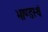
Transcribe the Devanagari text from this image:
भाण्डस्थं